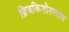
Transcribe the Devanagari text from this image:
ब्रिजकिशोरलाल